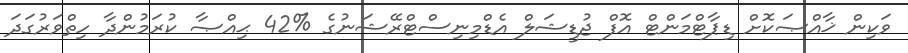
ވަކިން ޚާއްޞަކޮށް ޑިޕާޓްމަންޓް އޮފް ޖުޑީޝަލް އެޑްމިނިސްޓްރޭޝަނުގެ %42 ޙިއްޞާ ކުރަމުންދާ ހިތްވަރުގަދަ